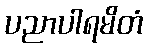
ပညာပါရမိတံ